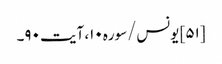
[۵۱] یونس/سوره۱۰، آیت ۹۰۔